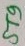
Text: ST9